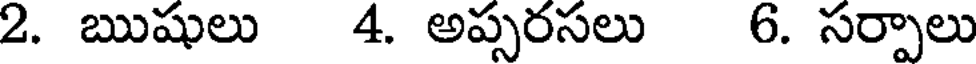
2. ఋషులు 4. అప్సరసలు 6. సర్పాలు